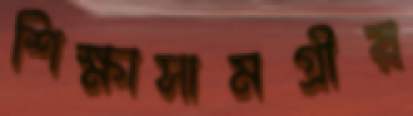
শিক্ষাসামগ্রীর